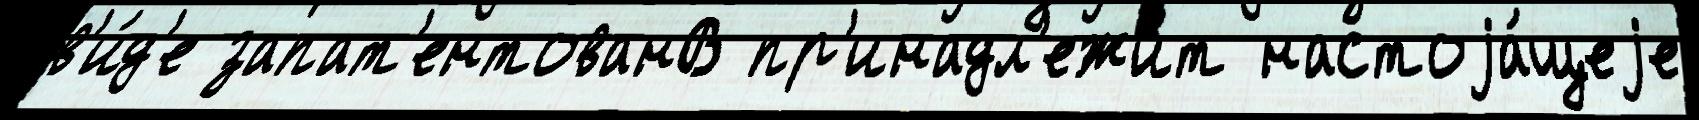
в'и́д'е запат'ентованВ пр'инадл'ежи́т настоjа́щеjе